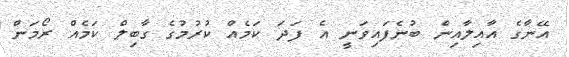
އޭނާގެ އާއިލާއިން ބުނެފައިވަނީ އެ ފަދަ ކަމެއް ކުރުމުގެ ގާބިލް ކަމެއް ރޯމަން